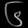
Digit: ၆